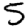
Digit: 5